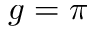
g = \pi